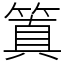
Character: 䈯